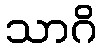
သာဂိ